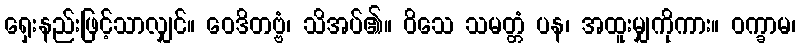
ရှေးနည်းဖြင့်သာလျှင်။ ဝေဒိတဗ္ဗံ၊ သိအပ်၏။ ဝိသေ သမတ္တံ ပန၊ အထူးမျှကိုကား။ ဝက္ခာမ၊